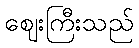
ဈေးကြီးသည်